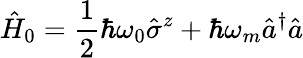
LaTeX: \hat{H}_{0}=\frac{1}{2}\hbar\omega_{0}\hat{\sigma}^{z}+\hbar\omega_{m}\hat{a}^{\dagger}\hat{a}